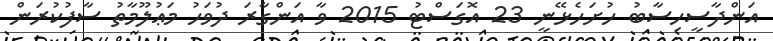
އަންދާސީހިސާބު ހުށަހެޅޭނީ 23 އޮގަސްޓު 2015 ވާ އަންގާރަ ދުވަހު މަޢުލޫމާތު ސާފުކުރަން